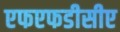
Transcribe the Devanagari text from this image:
एफएफडीसीए